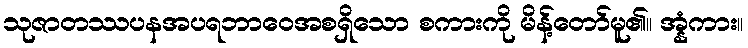
သုဇာတဿပနအပရဘာဝေအစရှိသော စကားကို မိန့်တော်မူ၏။ အ္နံကား။